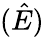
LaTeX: (\hat{E})